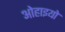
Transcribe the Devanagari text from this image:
ओहाइयो